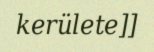
kerülete]]